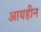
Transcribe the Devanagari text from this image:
आयहीन